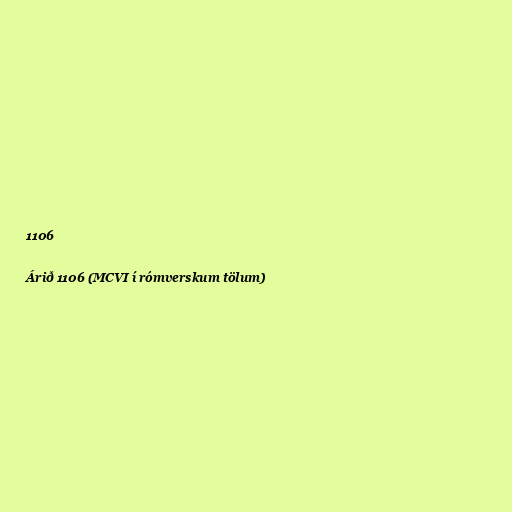
1106

Árið 1106 (MCVI í rómverskum tölum)